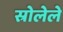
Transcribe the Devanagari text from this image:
स्रोलेले